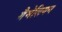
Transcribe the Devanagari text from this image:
गैमेलियन